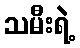
သမီးရဲ့